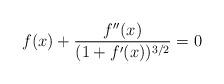
LaTeX: \begin{align*}f(x) +\frac{f''(x)}{(1+f'(x))^{3/2}} = 0\end{align*}